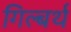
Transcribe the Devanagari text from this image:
गिल्बर्थ